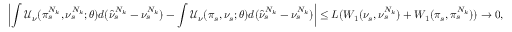
\left| \int \mathcal { U } _ { \nu } ( \pi _ { s } ^ { N _ { k } } , \nu _ { s } ^ { N _ { k } } ; \theta ) d ( \hat { \nu } _ { s } ^ { N _ { k } } - \nu _ { s } ^ { N _ { k } } ) - \int \mathcal { U } _ { \nu } ( \pi _ { s } , \nu _ { s } ; \theta ) d ( \hat { \nu } _ { s } ^ { N _ { k } } - \nu _ { s } ^ { N _ { k } } ) \right| \leq L ( W _ { 1 } ( \nu _ { s } , \nu _ { s } ^ { N _ { k } } ) + W _ { 1 } ( \pi _ { s } , \pi _ { s } ^ { N _ { k } } ) ) \rightarrow 0 ,